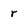
Character: r